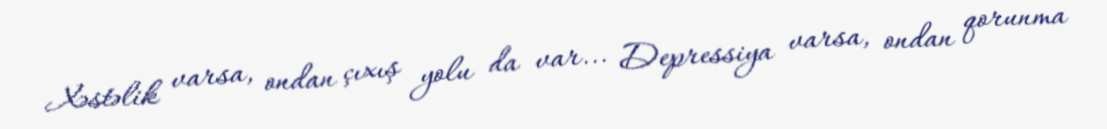
Xəstəlik varsa, ondan çıxış yolu da var... Depressiya varsa, ondan qorunma